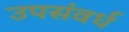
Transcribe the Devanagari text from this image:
उपसंवर्ध